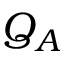
Q _ { A }